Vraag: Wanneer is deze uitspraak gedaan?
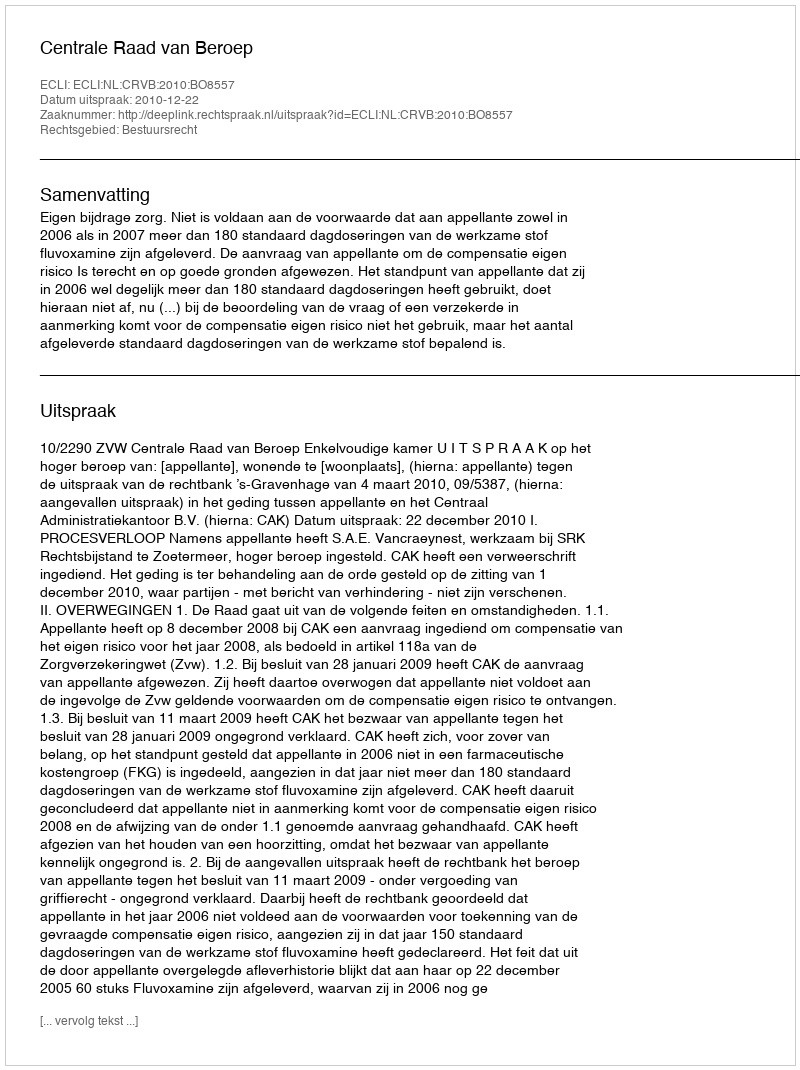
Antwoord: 2010-12-22